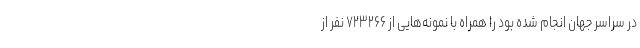
در سراسر جهان انجام شده بود را همراه با نمونه‌هایی از ۷۲۳۲۶۶ نفر از